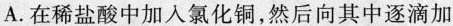
A.在稀盐酸中加入氯化铜，然后向其中逐滴加